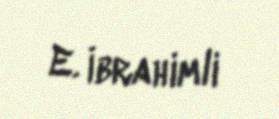
E. İbrahimli